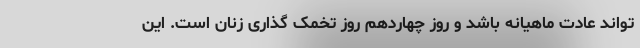
‌تواند عادت ماهیانه باشد و روز چهاردهم روز تخمک گذاری زنان است. این